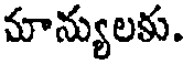
మాన్యులకు.